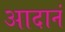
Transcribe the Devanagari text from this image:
आदानं